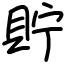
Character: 貯